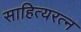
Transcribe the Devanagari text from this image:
साहित्यरत्‍न